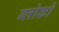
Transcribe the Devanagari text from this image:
ब्लोकों